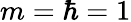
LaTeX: m=\hbar=1